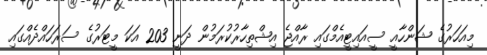
މިއަހަރުގެ ޝަންހާއީ ސީއައިޓީއެމްގައި ރާއްޖެ އިޝްތިހާރުކުރަމުން ދަނީ 203 އަކަ މީޓަރުގެ ސަރަހައްދެއްގައި